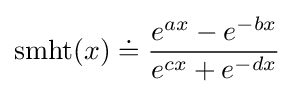
\operatorname {smht} (x)\doteq {\frac {e^{ax}-e^{-bx}}{e^{cx}+e^{-dx}}}